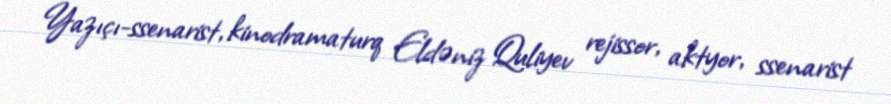
Yazıçı-ssenarist, kinodramaturq Eldəniz Quliyev rejissor, aktyor, ssenarist